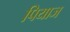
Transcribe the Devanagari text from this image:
पियाज